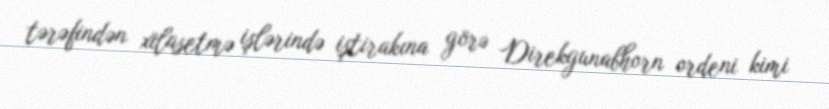
tərəfindən xilasetmə işlərində iştirakına görə Direkgunabhorn ordeni kimi